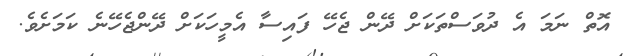
އޮތް ނަަމަ އެ ދުވަސްތަކަށް ދޭން ޖެހޭ ފައިސާ އެމީހަކަށް ދޭންޖެހޭނެ ކަމަށެވެ.